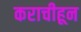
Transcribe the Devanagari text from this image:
कराचीहून